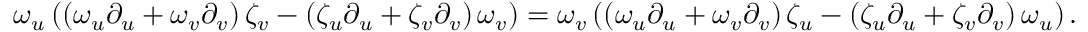
\omega _ { u } \left( \left( \omega _ { u } \partial _ { u } + \omega _ { v } \partial _ { v } \right) \zeta _ { v } - \left( \zeta _ { u } \partial _ { u } + \zeta _ { v } \partial _ { v } \right) \omega _ { v } \right) = \omega _ { v } \left( \left( \omega _ { u } \partial _ { u } + \omega _ { v } \partial _ { v } \right) \zeta _ { u } - \left( \zeta _ { u } \partial _ { u } + \zeta _ { v } \partial _ { v } \right) \omega _ { u } \right) .